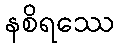
နစိရဿေ